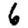
Digit: 6